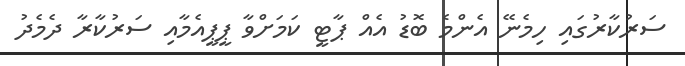
ސަރުކާރުގައި ހިމެނޭ އެންމެ ބޮޑު އެއް ޕާޓީ ކަމަށްވާ ޕީޕީއެމާއި ސަރުކާރާ ދެމެދު